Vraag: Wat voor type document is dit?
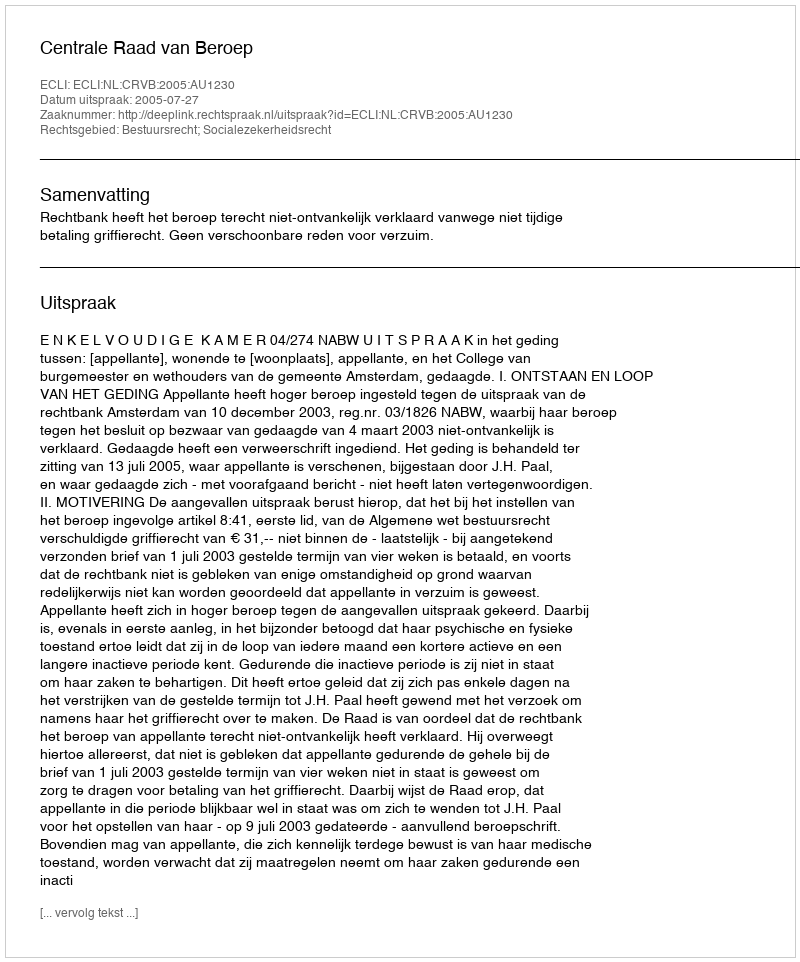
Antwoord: Uitspraak